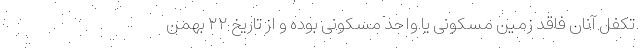
تکفل آنان فاقد زمین مسکونی یا واحد مسکونی بوده و از تاریخ ۲۲ بهمن